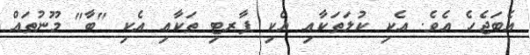
އެބަޖެހެ އެވެ. އެކި ކުލަތަކާއި އެކި ޕާރޓި ތަކާއި އެކި "ބާ" މޫނުތައް